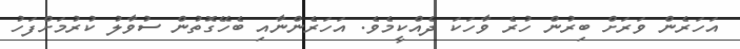
އަހަރެން ވަރަށް ބިރުން ހުރެ ވާހަކަ ދެއްކީމެވެ. އަހަރެންނާއި ބެހޭގޮތުން ސުވާލު ކުރުމަށްފަހު